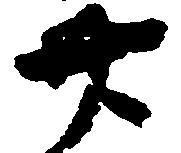
廿